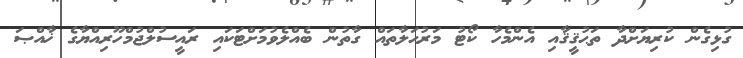
ގުޅިގެން ކުރިޔަށްދާ ތަޙުޤީޤާއި އެންމެހާ ކޯޓު މަރުޙަލާތައް ގާތުން ބެއްލެވުމަށްޓަކައި ރައީސުލްޖުމްހޫރިއްޔާގެ ޚާއްޞަ